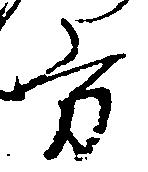
方